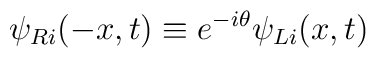
\psi_{Ri}(-x,t)\equiv  e^{-i\theta}\psi_{Li}(x,t)